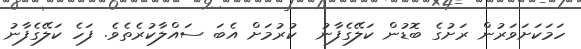
ހަމަކަށަވަރުން ރަށުގެ ބޮޑުން ކަލޭގެފާނު  ކުރުމަށް އެބަ ސައްލާކުރެތެވެ. ފަހެ ކަލޭގެފާނު